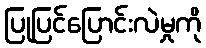
ပြုပြင်ပြောင်းလဲမှုကို